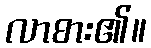
လာစား၏။